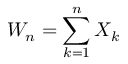
W _ { n } = \sum _ { k = 1 } ^ { n } X _ { k }